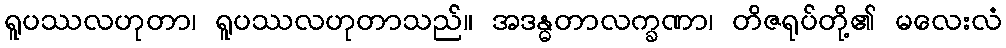
ရူပဿလဟုတာ၊ ရူပဿလဟုတာသည်။ အဒန္ဓတာလက္ခဏာ၊ တိဇရုပ်တို့၏ မလေးလံ